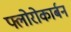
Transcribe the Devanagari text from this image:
फ्लोरोकार्बन